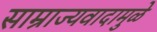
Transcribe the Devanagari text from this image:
साम्राज्यवादामुळे